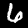
Label: 6